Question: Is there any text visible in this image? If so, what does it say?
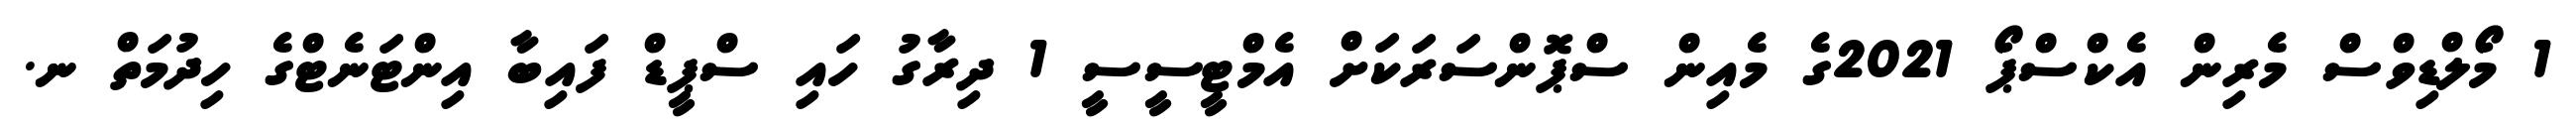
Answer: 1 މޯލްޑިވްސް މެރިން އެކްސްޕޯ 2021ގެ މެއިން ސްޕޮންސަރަކަށް އެމްޓީސީސީ 1 ދިރާގު ހައި ސްޕީޑް ފައިބާ އިންޓަނެޓްގެ ހިދުމަތް ނ.